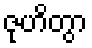
ဇုဟိတွာ